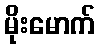
မိုးမောက်